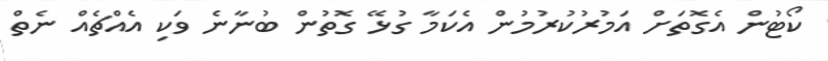
ކޯޓުން އެގޮތަށް އަމުރުކުރުމުން އެކަމާ ގުޅޭ ގޮތުން ބުނާނެ ވަކި އެއްޗެއް ނެތް